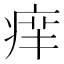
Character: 𤶪